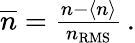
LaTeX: \begin{array}{r}{\overline{{n}}=\frac{n-\left<n\right>}{n_{\mathrm{RMS}}}\, .}\end{array}